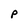
Character: p